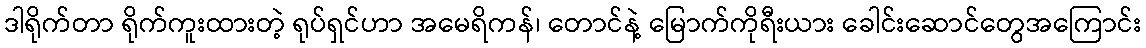
ဒါရိုက်တာ ရိုက်ကူးထားတဲ့ ရုပ်ရှင်ဟာ အမေရိကန်၊ တောင်နဲ့ မြောက်ကိုရီးယား ခေါင်းဆောင်တွေအကြောင်း